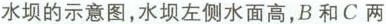
水坝的示意图，水坝左侧水面高，B和C两